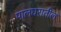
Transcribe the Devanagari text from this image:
पालघरातील